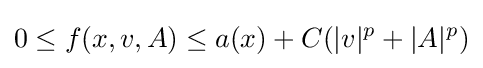
0\leq f(x,v,A)\leq a(x)+C(|v|^{p}+|A|^{p})